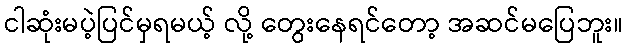
ငါဆုံးမပဲ့ပြင်မှရမယ့် လို့ တွေးနေရင်တော့ အဆင်မပြေဘူး။